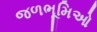
જળભૂમિઓ